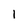
Character: 1